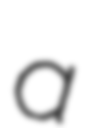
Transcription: a